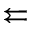
\leftleftarrows